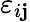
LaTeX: \varepsilon_{i\mathbf{j}}